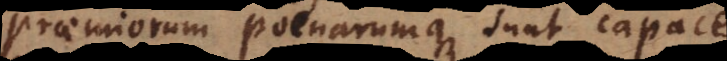
praemiorum poenarumque sunt capace